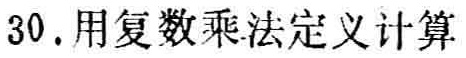
30. 用复数乘法定义计算